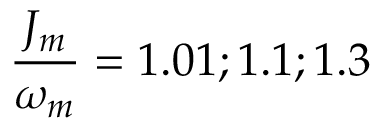
\frac { J _ { m } } { \omega _ { m } } = 1 . 0 1 ; 1 . 1 ; 1 . 3